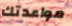
مواعدتك